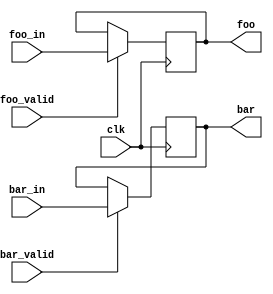

module test
  (input wire clk,
   output reg foo, bar,
   input wire foo_valid, foo_in,
   input wire bar_valid, bar_in
   /* */);

   always @(posedge clk)
     begin
	if (foo_valid) foo <= foo_in;
	if (bar_valid) bar <= bar_in;
     end

endmodule // test


module main;
   reg clk;
   wire foo, bar;
   reg	foo_valid, foo_in;
   reg  bar_valid, bar_in;

   test dut (.clk(clk),
	     .foo(foo), .bar(bar),
	     .foo_valid(foo_valid), .bar_valid(bar_valid),
	     .foo_in(foo_in), .bar_in(bar_in));
   task fail;
      begin
	 $display("FAILED -- foo/bar=%b/%b, foo/bar_valid=%b/%b, foo/bar_in=%b/%b",
		  foo, bar, foo_valid, bar_valid, foo_in, bar_in);
	 $finish;
      end
   endtask // fail

   initial begin
      clk = 0;
      foo_valid = 1;
      bar_valid = 1;
      foo_in = 0;
      bar_in = 0;

      #1 clk = 1;
      #1 clk = 0;

      if (foo !== 0 || bar !== 0)
	fail;

      bar_in = 1;

      #1 clk = 1;
      #1 clk = 0;

      if (foo !== 0 || bar !== 1)
	fail;

      foo_in = 1;
      bar_in = 0;
      foo_valid = 1;
      bar_valid = 0;

      #1 clk = 1;
      #1 clk = 0;

      if (foo !== 1 || bar !== 1)
	fail;

      $display("PASSED");
   end

endmodule // main